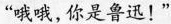
“哦哦,你是鲁迅!”